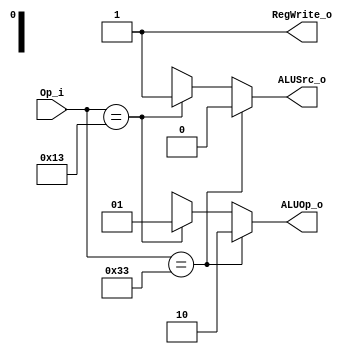
`define Rtype   7'b0110011
`define Itype   7'b0010011

module  Control(
    Op_i,
    ALUOp_o,
    ALUSrc_o,
    RegWrite_o
);

input   [6:0]   Op_i;

output  [1:0]   ALUOp_o;
output          ALUSrc_o;
output          RegWrite_o;

assign ALUOp_o = (Op_i == `Rtype)? 2'b10:
                 (Op_i == `Itype)? 2'b01: 2'bx;

assign ALUSrc_o = (Op_i == `Rtype)? 1'b0:
                 (Op_i == `Itype)? 1'b1: 1'bx;

assign RegWrite_o = 1'b1;


endmodule